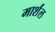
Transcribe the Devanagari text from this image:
मार्शंल